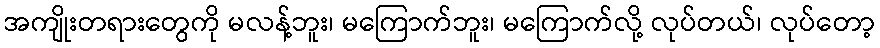
အကျိုးတရားတွေကို မလန့်ဘူး၊ မကြောက်ဘူး၊ မကြောက်လို့ လုပ်တယ်၊ လုပ်တော့